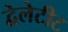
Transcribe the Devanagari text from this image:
द्वेलेटीट